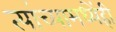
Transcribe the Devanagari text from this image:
त्यांच्यामध्येंही